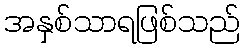
အနှစ်သာရဖြစ်သည်